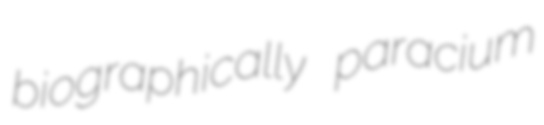
biographically paracium